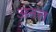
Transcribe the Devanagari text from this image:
अनत्त